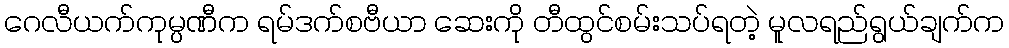
ဂေလီယက်ကုမ္ပဏီက ရမ်ဒက်စဗီယာ ဆေးကို တီထွင်စမ်းသပ်ရတဲ့ မူလရည်ရွယ်ချက်က